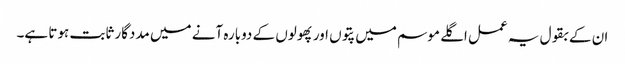
ان کے بقول یہ عمل اگلے موسم میں پتوں اور پھولوں کے دوبارہ آنے میں مددگار ثابت ہوتا ہے۔